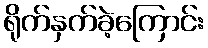
ရိုက်နှက်ခဲ့ကြောင်း